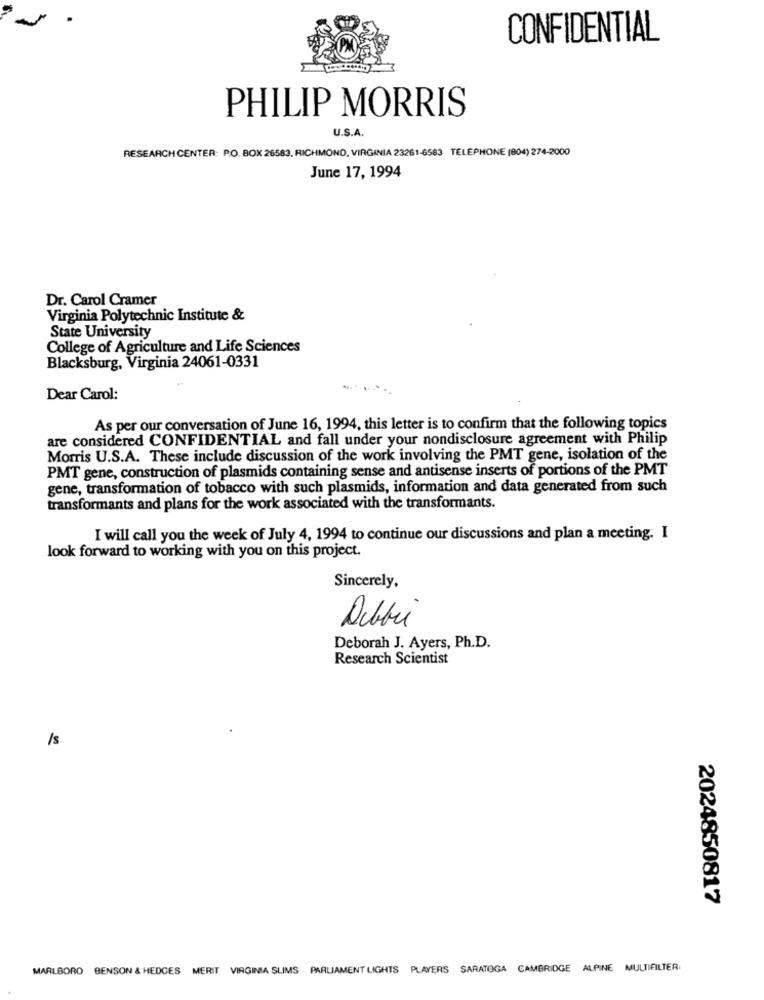
CONFIDENTIAL
PHILIP MORRIS
U.S.A.
RESEARCH CENTER: P.O. BOX 26583, RICHMOND, VIRGINIA 23261-6583 TELEPHONE (804) 274-2000
June 17, 1994
Dr. Carol Cramer
Virginia Polytechnic Institute &
State University
College of Agriculture and Life Sciences
Blacksburg, Virginia 24061-0331
Dear Carol:
As per our conversation of June 16, 1994, this letter is to confirm that the following topics
are considered CONFIDENTIAL and fall under your nondisclosure agreement with Philip
Morris U.S.A. These include discussion of the work involving the PMT gene, isolation of the
PMT gene, construction of plasmids containing sense and antisense inserts of portions of the PMT
gene, transformation of tobacco with such plasmids, information and data generated from such
transformants and plans for the work associated with the transformants.
I will call you the week of July 4, 1994 to continue our discussions and plan a meeting. I
look forward to working with you on this project.
Sincerely,
Deborah J. Ayers, Ph.D.
Research Scientist
/s
2024850817
MARLBORO BENSON & HEDGES MERIT VIRGINIA SLIMS PARLIAMENT LIGHTS PLAYERS SARATOGA CAMBRIDGE ALPINE MULTIFILTER.